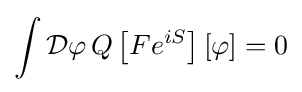
\int {\mathcal {D}}\varphi \,Q\left[Fe^{iS}\right][\varphi ]=0